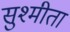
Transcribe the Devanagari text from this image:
सुश्मीता